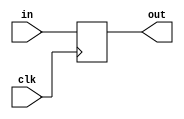
module reg_8bit(output reg [7:0] out, input [7:0] in, input clk);
	always @(posedge clk)
	begin
		out <= in;
	end
endmodule